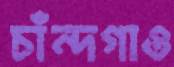
চাঁন্দগাও